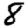
Digit: 8